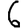
Digit: 6